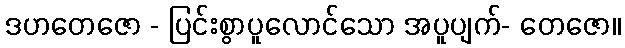
ဒဟတေဇော - ပြင်းစွာပူလောင်သော အပူပျက်- တေဇော။